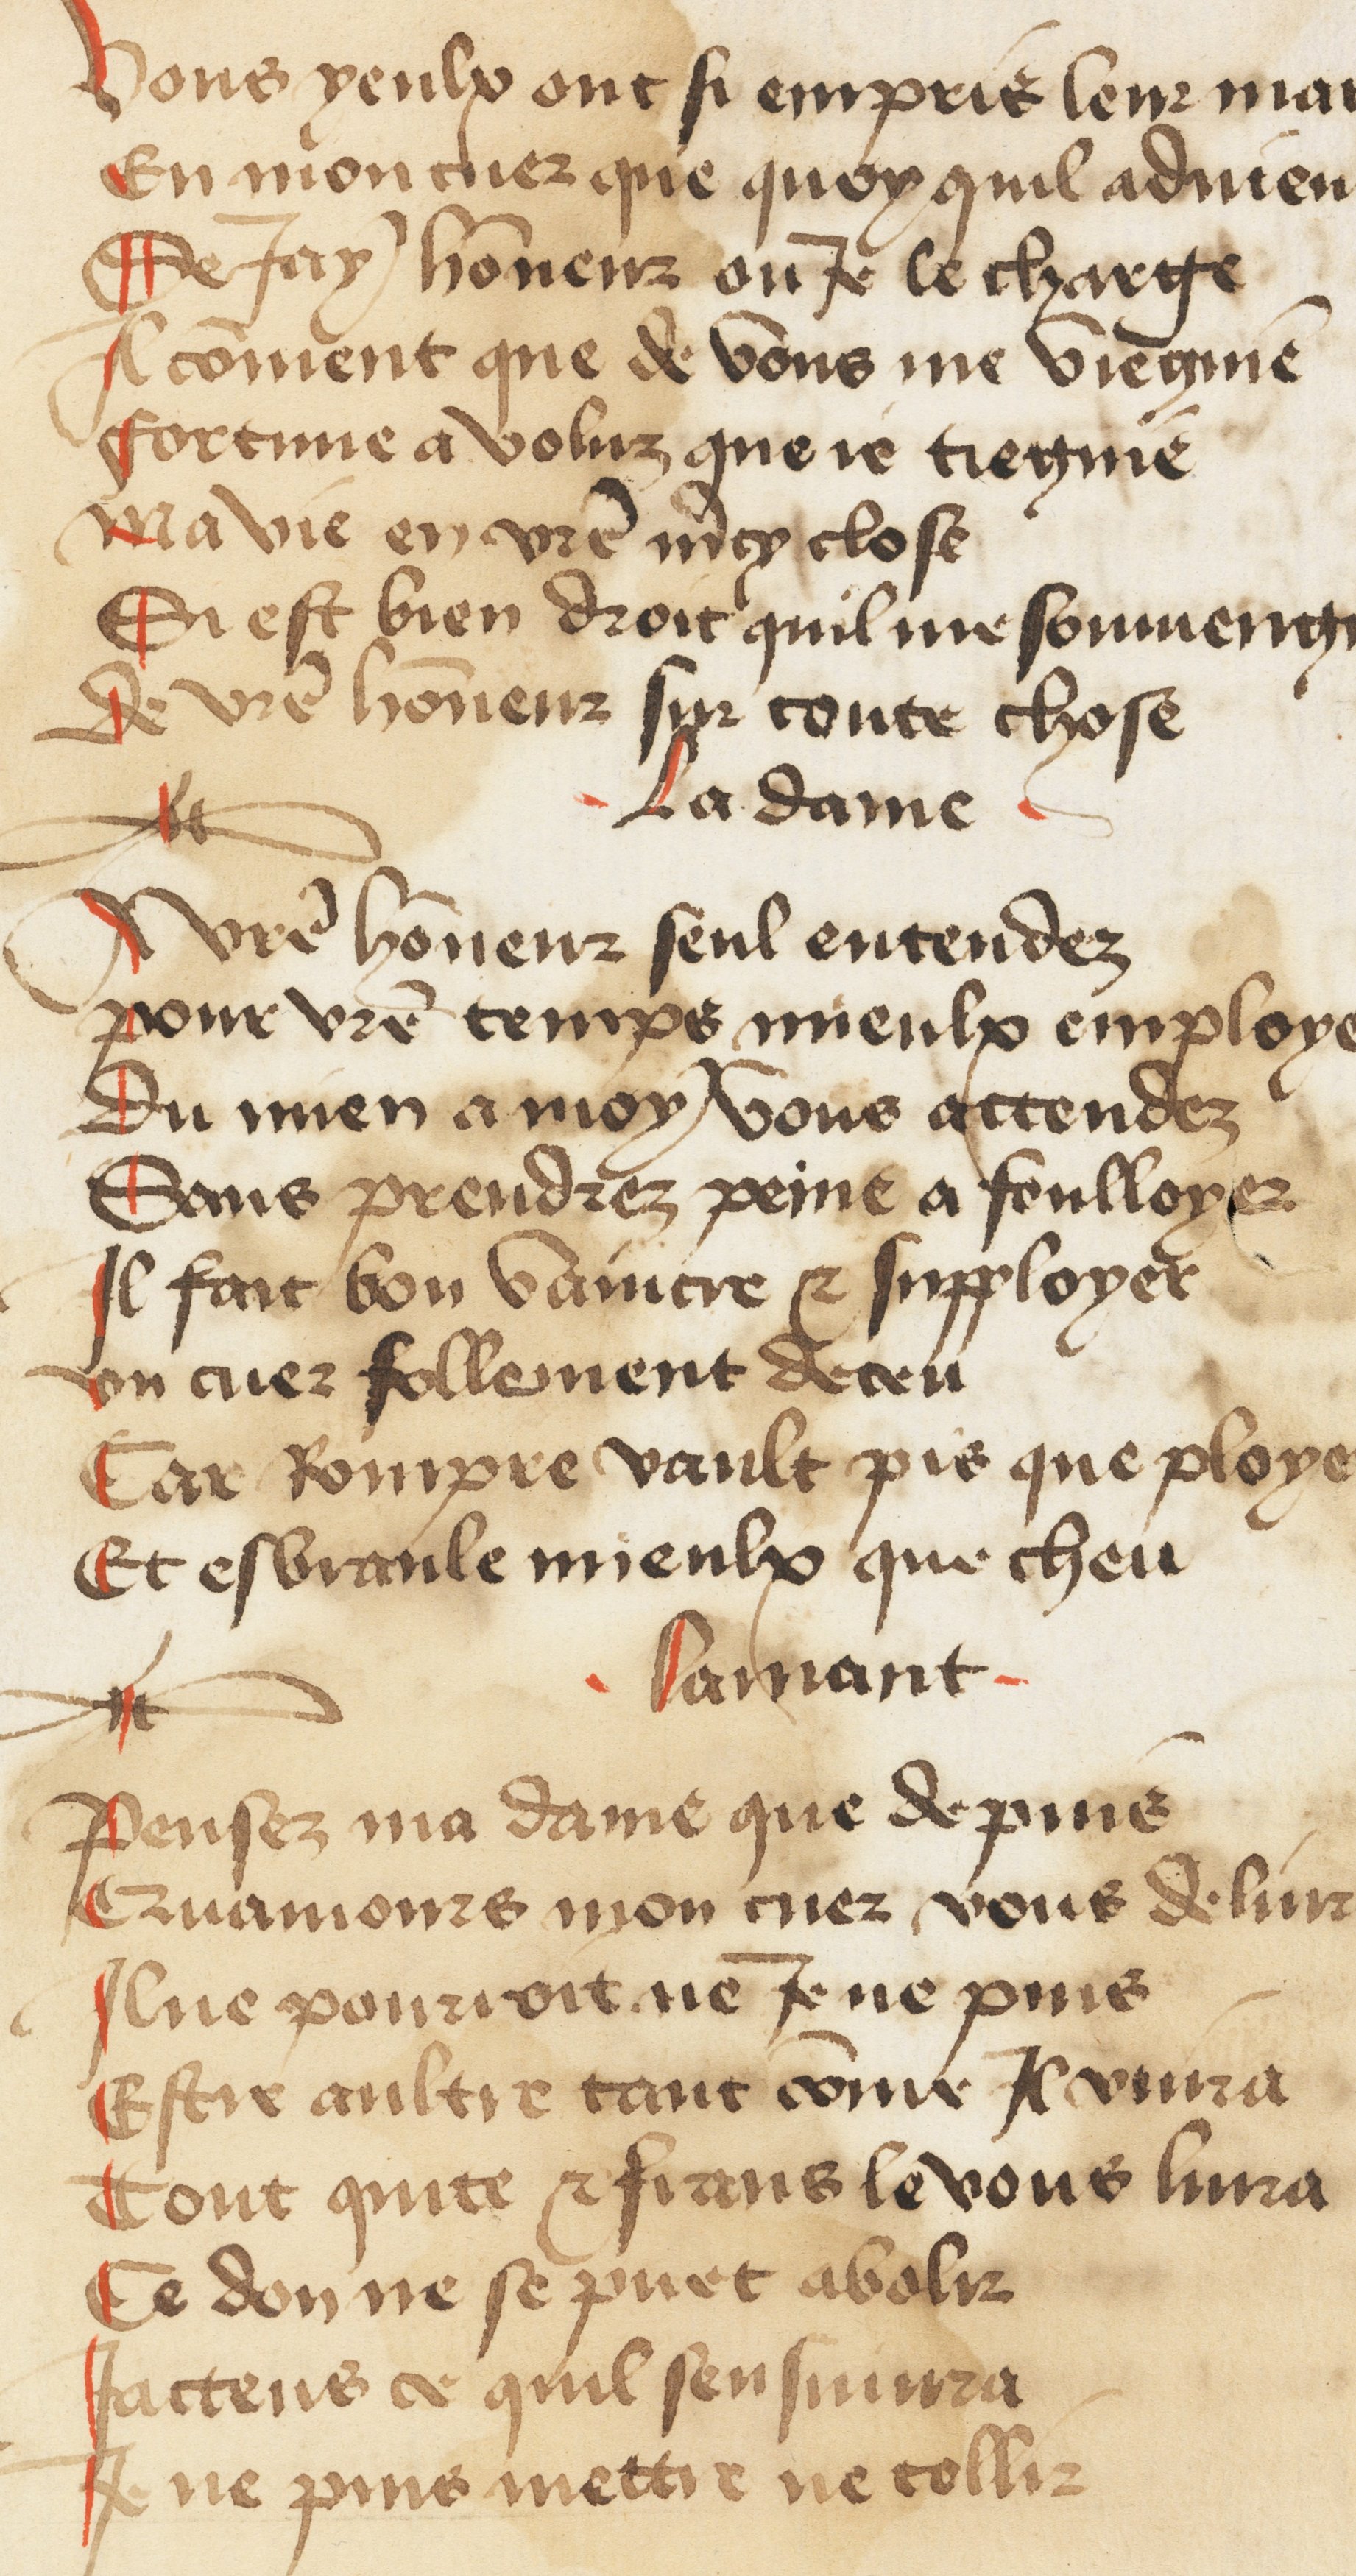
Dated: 1400–1449